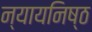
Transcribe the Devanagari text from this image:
न्यायनिष्ठ